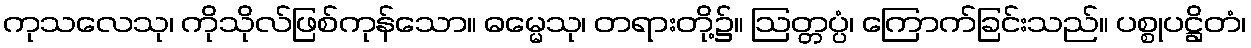
ကုသလေသု၊ ကိုသိုလ်ဖြစ်ကုန်သော။ ဓမ္မေသု၊ တရားတို့၌။ ဩတ္တပ္ပံ၊ ကြောက်ခြင်းသည်။ ပစ္စုပဋ္ဌိတံ၊